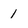
Character: 1